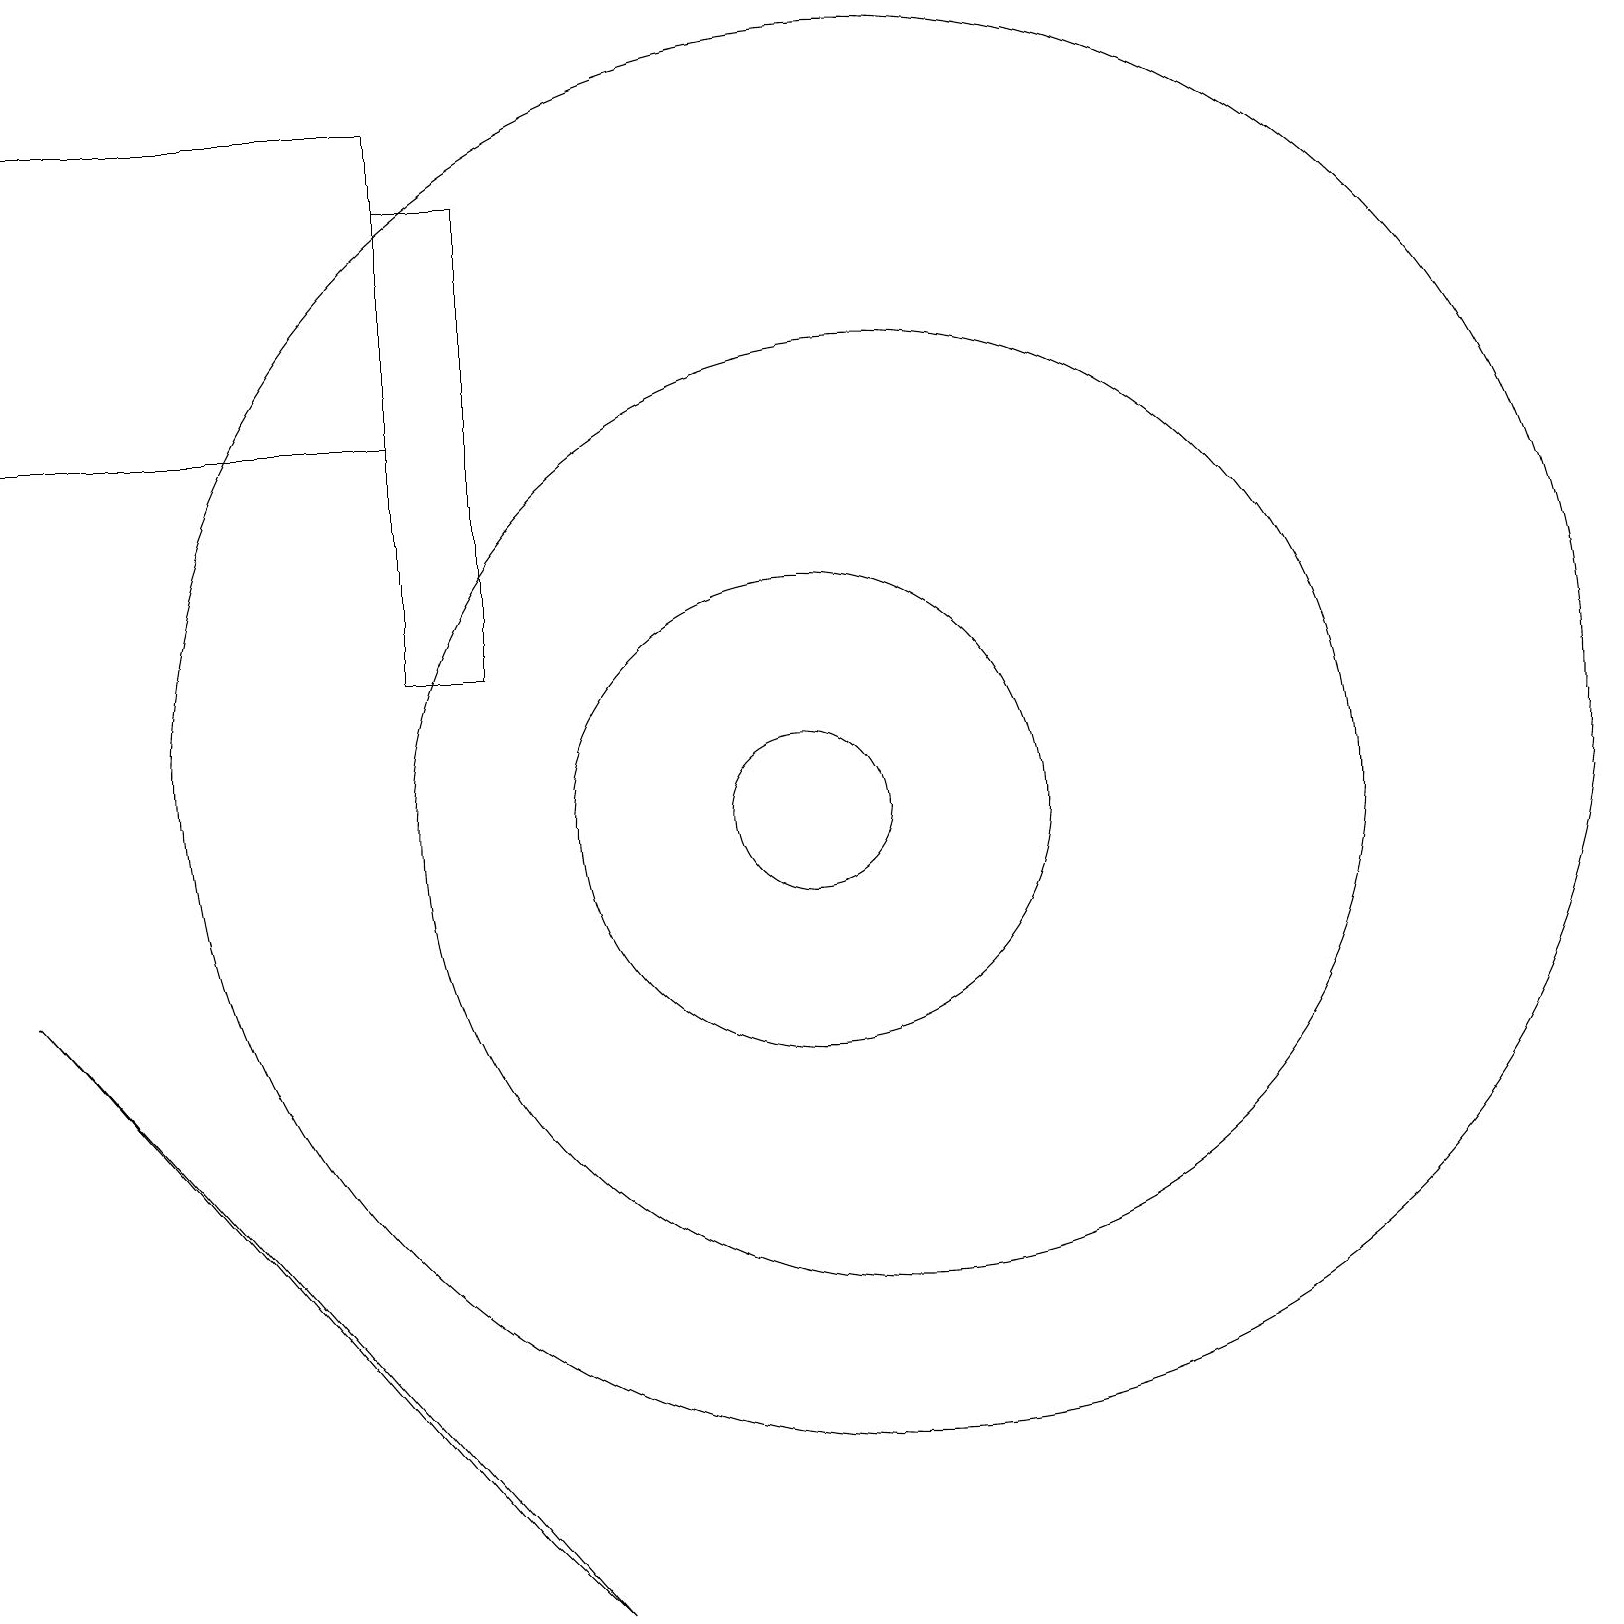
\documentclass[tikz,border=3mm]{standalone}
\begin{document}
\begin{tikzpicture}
\draw (11,10) circle (1);
\draw (12,11) circle (9);
\draw (8,0) -- (1,8) -- (7,1) -- cycle;
\draw (11,10) circle (3);
\draw (12,10) circle (6);
\draw (1,19) rectangle (6,15);
\draw (6,18) rectangle (7,12);
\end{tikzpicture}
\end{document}